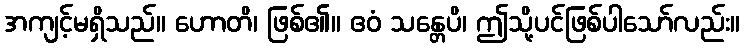
အကျင့်မရှိသည်။ ဟောတိ၊ ဖြစ်၏။ ဧဝံ သန္တေပိ၊ ဤသို့ပင်ဖြစ်ပါသော်လည်း။